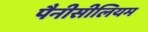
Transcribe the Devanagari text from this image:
पैनीसीलियम